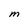
Character: M